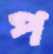
প